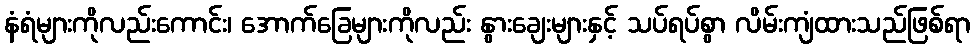
နံရံများကိုလည်းကောင်း၊ အောက်ခြေများကိုလည်း နွားချေးများနှင့် သပ်ရပ်စွာ လိမ်းကျံထားသည်ဖြစ်ရာ